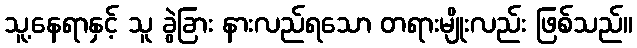
သူ့နေရာနှင့် သူ ခွဲခြား နားလည်ရသော တရားမျိုးလည်း ဖြစ်သည်။